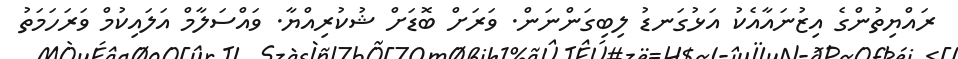
ރައްޔިތުންގެ އިޒުނައާއެކު އަޅުގަނޑު ލިބިގަންނަން. ވަރަށް ބޮޑަށް ޝުކުރިއްޔާ. ވައްސަލާމް އަލައިކުމް ވަރަހަމަތު